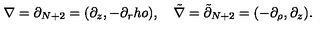
\nabla = \partial _ { N + 2 } = ( \partial _ { z } , - \partial _ { r } h o ) , \quad { \tilde { \nabla } } = { \tilde { \partial } } _ { N + 2 } = ( - \partial _ { \rho } , \partial _ { z } ) .